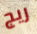
ريج